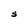
Character: S